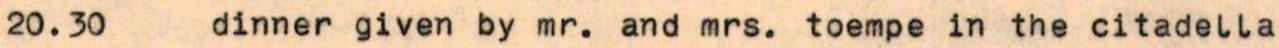
20.30  dinner given by mr. and mrs. toempe in the citadella